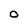
Character: O